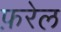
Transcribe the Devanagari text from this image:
फ़रेल